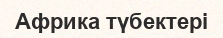
Африка түбектері